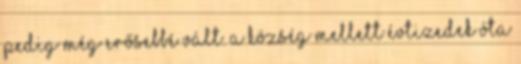
pedig még erősebbé vált. A község mellett évtizedek óta